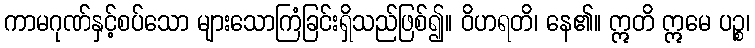
ကာမဂုဏ်နှင့်စပ်သော များသောကြံခြင်းရှိသည်ဖြစ်၍။ ဝိဟရတိ၊ နေ၏။ ဣတိ ဣမေ ပဉ္စ၊